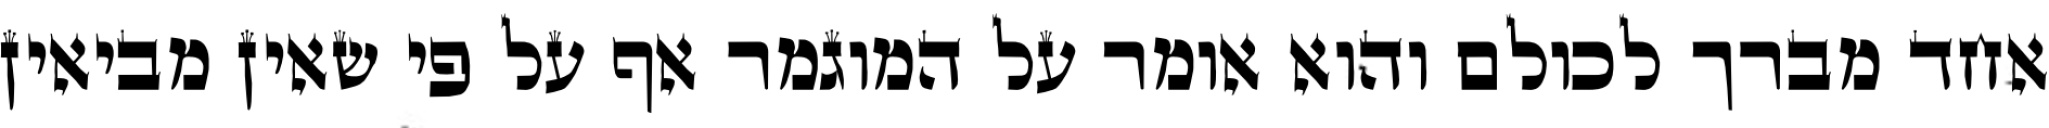
אחד מברך לכולם והוא אומר על המוגמר אף על פי שאין מביאין